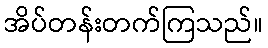
အိပ်တန်းတက်ကြသည်။